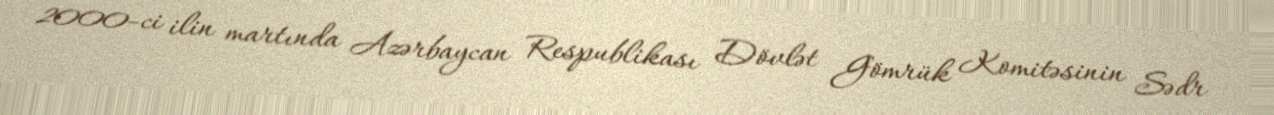
2000-ci ilin martında Azərbaycan Respublikası Dövlət Gömrük Komitəsinin Sədr